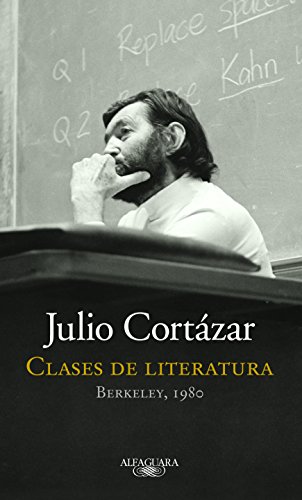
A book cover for Clases de literatura.  Berkeley, 1980 (Spanish Edition); Julio CortÃ¡zar; Literature & Fiction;